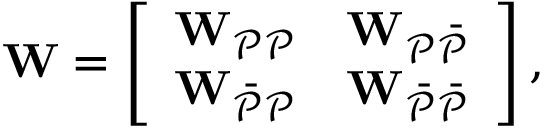
\mathbf { W } = \left[ \begin{array} { l l } { \mathbf { W } _ { \mathcal { P P } } } & { \mathbf { W } _ { \mathcal { P \Bar { P } } } } \\ { \mathbf { W } _ { \mathcal { \Bar { P } P } } } & { \mathbf { W } _ { \mathcal { \Bar { P } \Bar { P } } } } \end{array} \right] ,